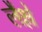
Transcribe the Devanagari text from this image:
लैश्ले